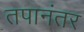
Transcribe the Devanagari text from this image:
तपानंतर